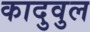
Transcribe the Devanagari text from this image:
कादुवुल